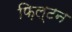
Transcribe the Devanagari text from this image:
फ़िल्टन